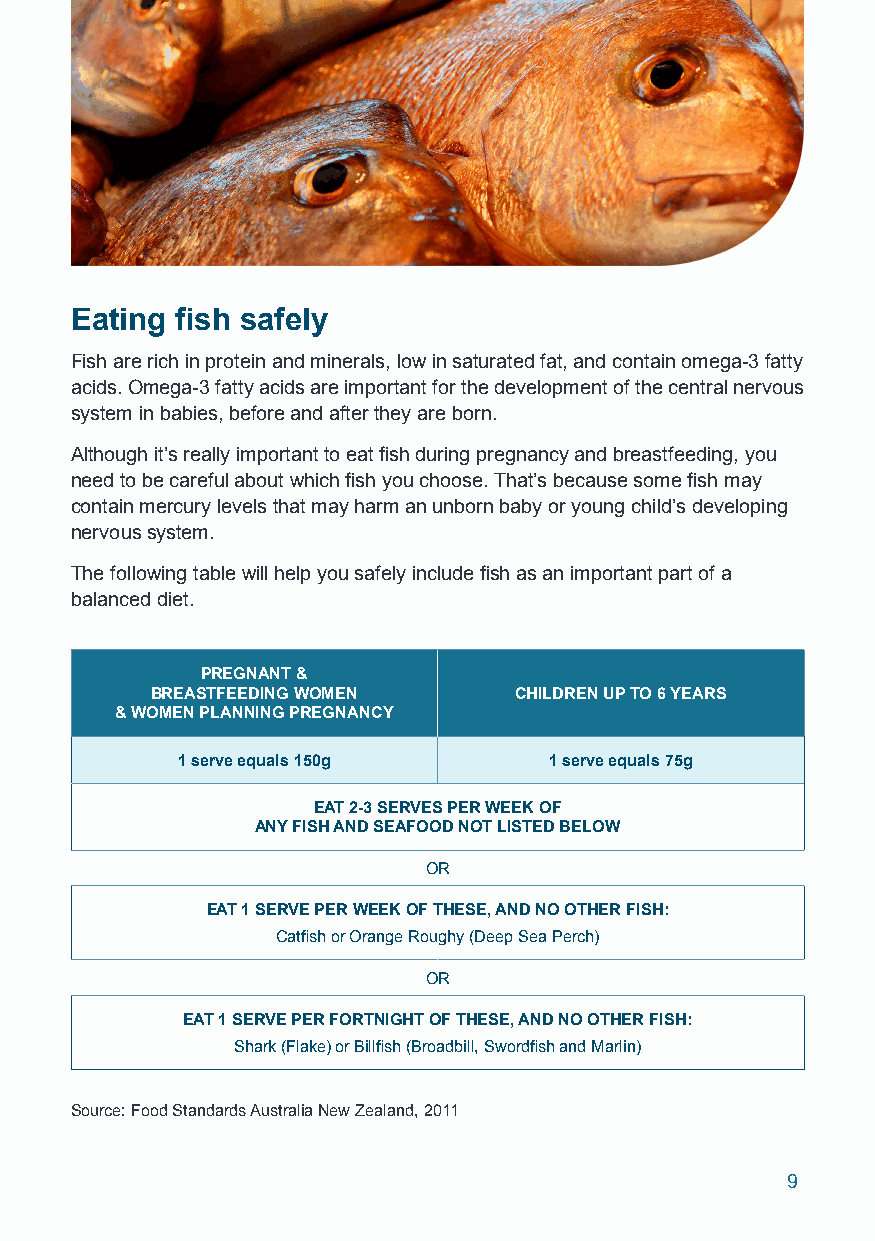
Eating fish safely
 Fish are rich in protein and minerals, low in saturated fat, and contain omega-3 fatty
 acids. Omega-3 fatty acids are important for the development of the central nervous
 system in babies, before and after they are born.
 Although it’s really important to eat fish during pregnancy and breastfeeding, you
 need to be careful about which fish you choose. That’s because some fish may
 contain mercury levels that may harm an unborn baby or young child’s developing
 nervous system.
 The following table will help you safely include fish as an important part of a
 balanced diet.
 PREGNANT &
 BREASTFEEDING WOMEN     CHILDREN UP TO 6 YEARS
 & WOMEN PLANNING PREGNANCY
 1 serve equals 150g     1 serve equals 75g
 EAT 2-3 SERVES PER WEEK OF
 ANY FISH AND SEAFOOD NOT LISTED BELOW
 OR
 EAT 1 SERVE PER WEEK OF THESE, AND NO OTHER FISH:
 Catfish or Orange Roughy (Deep Sea Perch)
 OR
 EAT 1 SERVE PER FORTNIGHT OF THESE, AND NO OTHER FISH:
 Shark (Flake) or Billfish (Broadbill, Swordfish and Marlin)
 Source: Food Standards Australia New Zealand, 2011
 9